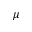
\mu